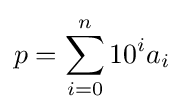
p=\sum _{i=0}^{n}10^{i}a_{i}